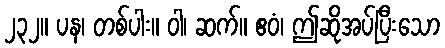
၂၃၂။ ပန၊ တစ်ပါး။ ဝါ၊ ဆက်။ ဧဝံ၊ ဤဆိုအပ်ပြီးသော